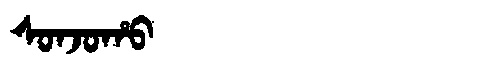
Manchu: ᠰᠣᠨᠵᠣᡥᠣ
Romanization: SONJOHO